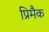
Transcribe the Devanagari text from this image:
प्रिमैक